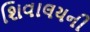
શિવાલયની